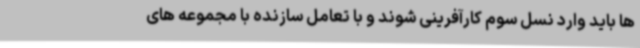
ها باید وارد نسل سوم کارآفرینی شوند و با تعامل سازنده با مجموعه های